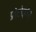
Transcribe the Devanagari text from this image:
प्रोटोझोए